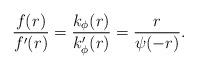
LaTeX: \begin{align*}\frac{f(r)}{f'(r)}=\frac{k_{\phi}(r)}{k'_{\phi}(r)}=\frac{r}{\psi(-r)}.\end{align*}